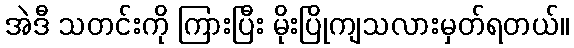
အဲဒီ သတင်းကို ကြားပြီး မိုးပြိုကျသလားမှတ်ရတယ်။